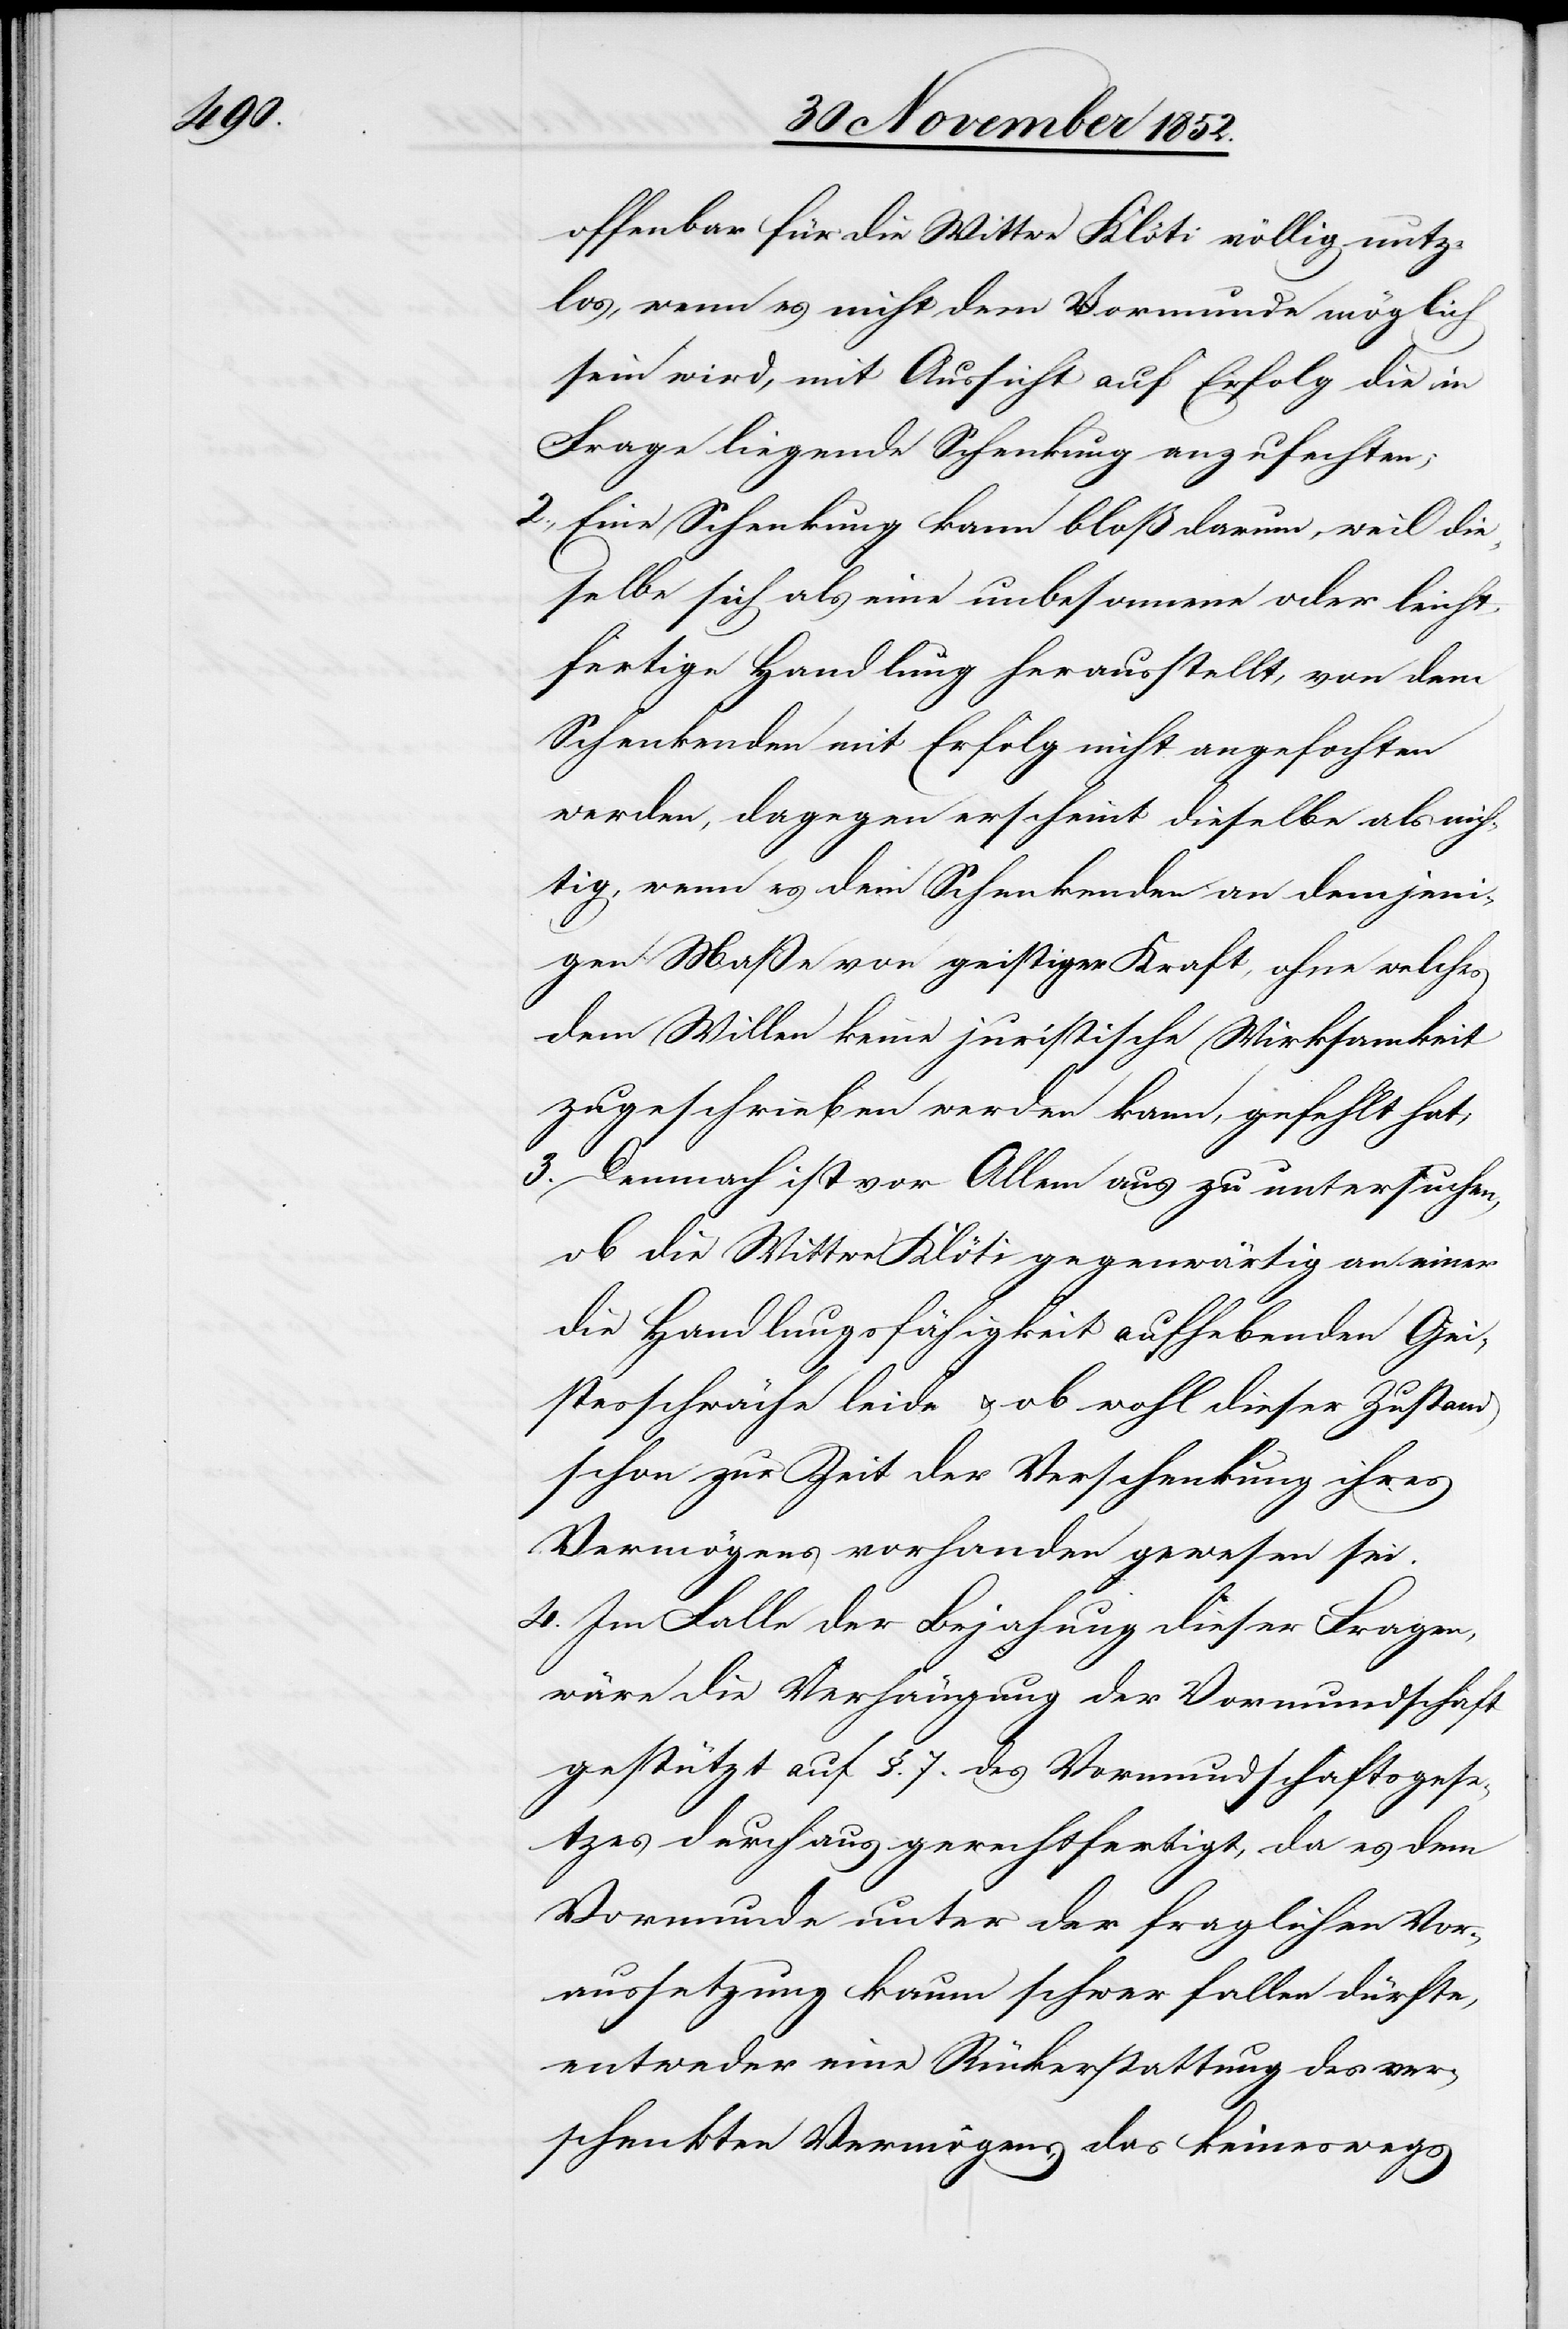
offenbar für die Wittwe Klöti völlig nutz¬
los, wenn es nicht dem Vormunde möglich
sein wird, mit Aussicht auf Erfolg die in
Frage liegende Schenkung anzufechten;
2., Eine Schenkung kann bloß darum, weil die¬
selbe sich als eine unbesonnene oder leicht¬
fertige Handlung herausstellt, von dem
Schenkenden mit Erfolg nicht angefochten
werden, dagegen erscheint dieselbe als nich¬
tig, wenn es dem Schenkenden an demjeni¬
gen Maße von geistiger Kraft, ohne welches
dem Willen keine juristische Wirksamkeit
zugeschrieben werden kann, gefehlt hat;
3. Demnach ist vor Allem aus zu untersuchen,
ob die Wittwe Klöti gegenwärtig an einer
die Handlungsfähigkeit aufhebenden Gei¬
stesschwäche leide & ob wohl dieser Zustand
schon zur Zeit der Verschenkung ihres
Vermögens vorhanden gewesen sei.
4. Im Falle der Bejahung dieser Fragen,
wäre die Verhängung der Vormundschaft
gestützt auf §. 7. des Vormundschaftsgese¬
tzes durchaus gerechtfertigt, da es dem
Vormunde unter der fraglichen Vor¬
aussetzung kaum schwer fallen dürfte,
entweder eine Rückerstattung des ver¬
schenkten Vermögens, das keineswegs